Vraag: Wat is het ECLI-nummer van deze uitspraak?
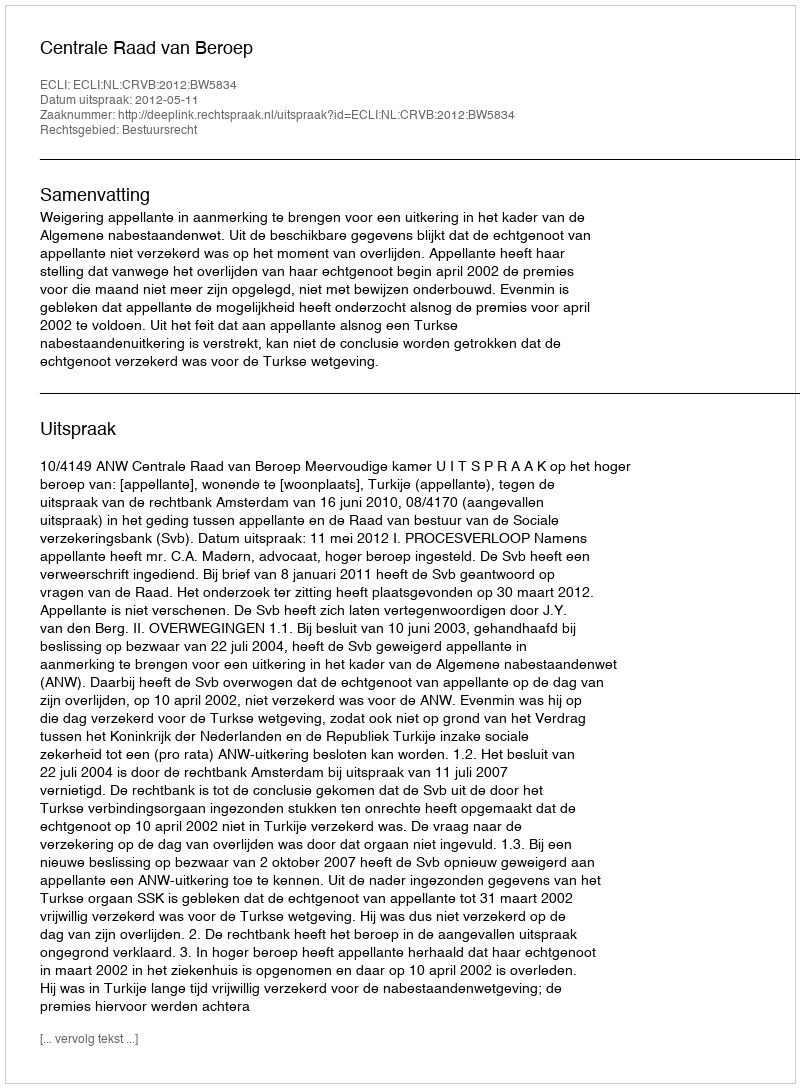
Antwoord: ECLI:NL:CRVB:2012:BW5834